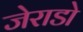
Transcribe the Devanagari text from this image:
जेराडो